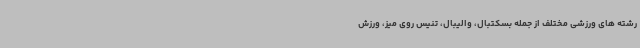
رشته های ورزشی مختلف از جمله بسکتبال، والیبال، تنیس روی میز، ورزش